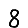
Digit: 8